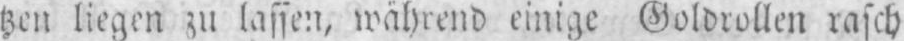
tzen liegen zu lassen, während einige Goldrollen rasch